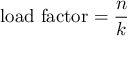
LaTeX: { \mathrm { l o a d ~ f a c t o r } } = { \frac { n } { k } }